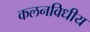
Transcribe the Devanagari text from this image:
कलनविधीय